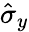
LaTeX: \hat{\sigma}_{y}